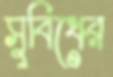
সুবিধের